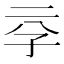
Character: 𰌞